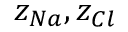
z _ { N a } , z _ { C l }